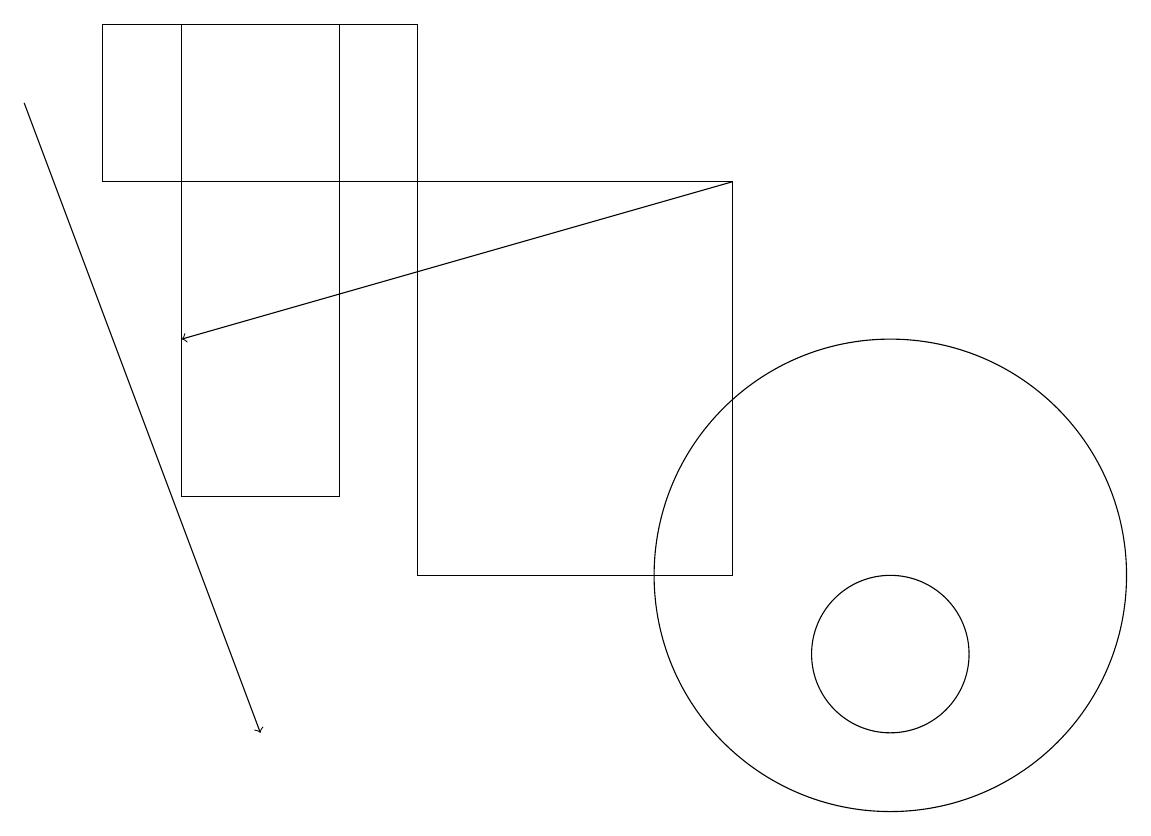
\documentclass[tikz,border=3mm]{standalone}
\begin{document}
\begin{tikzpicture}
\draw (11,12) circle (3);
\draw[->] (0,18) -- (3,10);
\draw (11,11) circle (1);
\draw (10,12) circle (0);
\draw (1,19) rectangle (5,17);
\draw[->] (9,17) -- (2,15);
\draw (2,13) rectangle (4,19);
\draw (5,17) rectangle (9,12);
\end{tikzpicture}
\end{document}